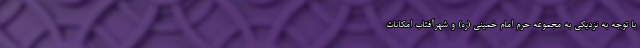
با توجه به نزدیکی به مجموعه حرم امام خمینی (ره) و شهرآفتاب امکانات